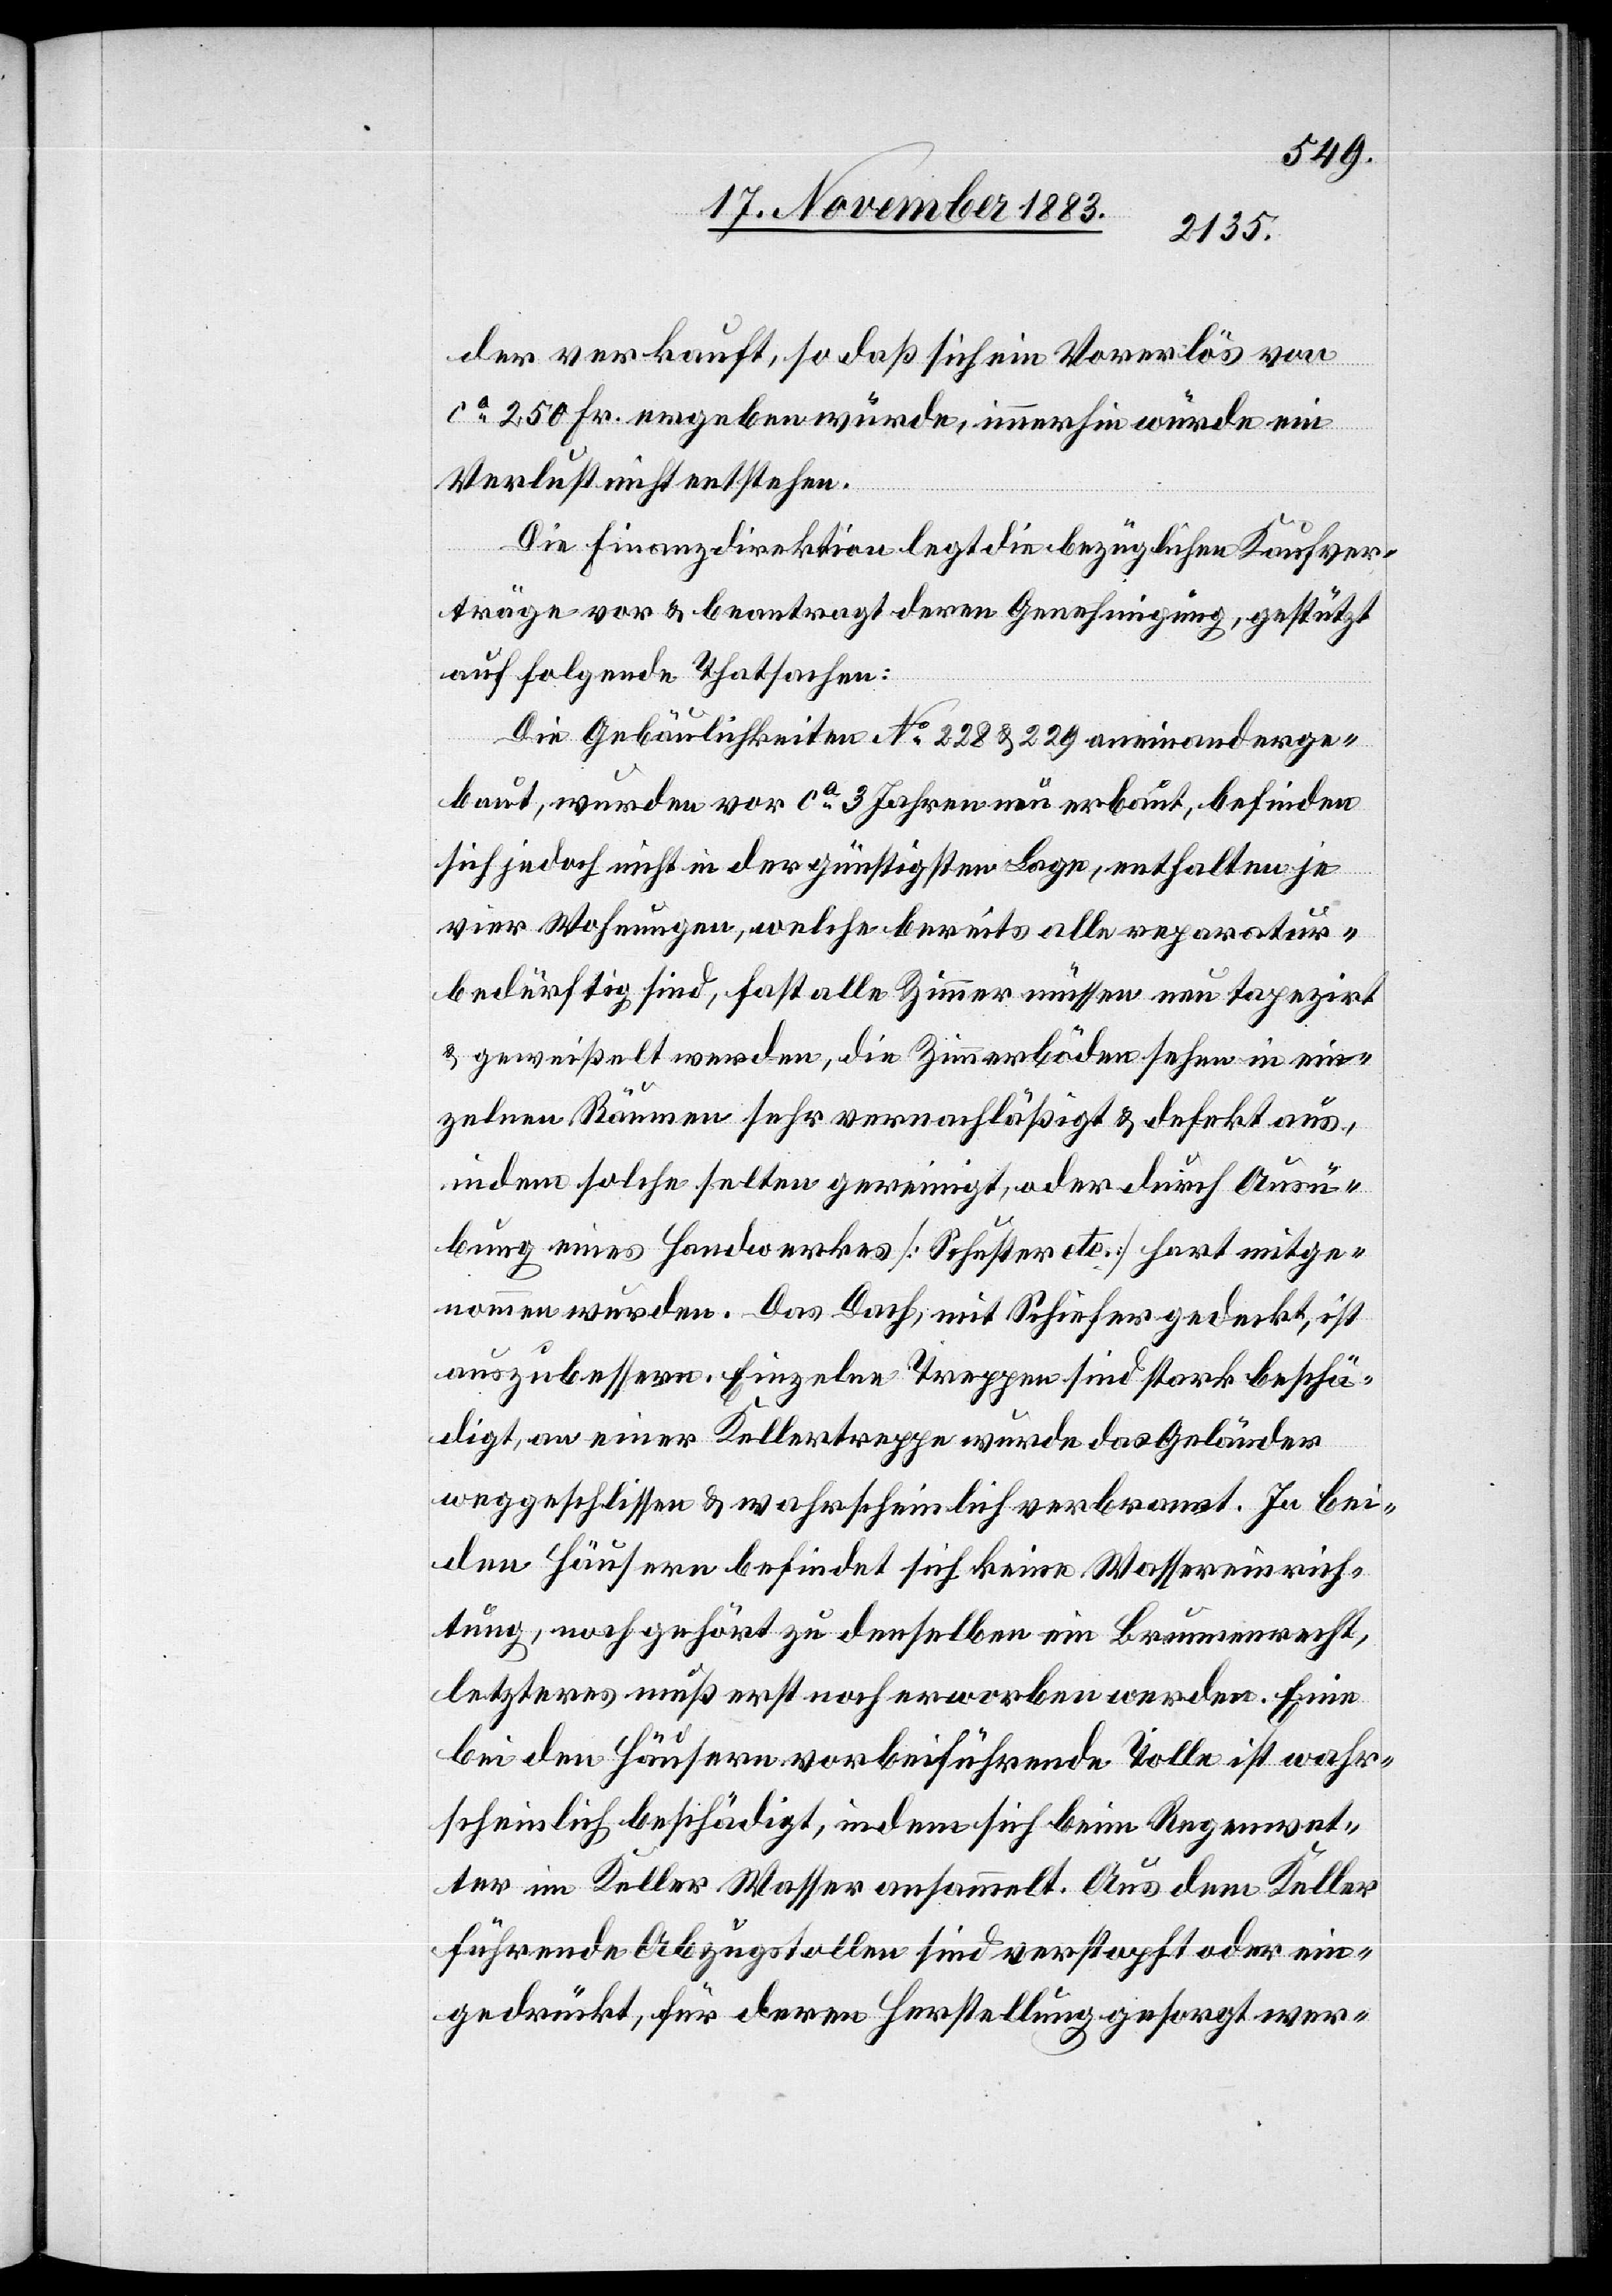
der verkauft, so daß sich ein Vorerlös von
ca 250 Fr. ergeben würde, immerhin würde ein
Verlust nicht entstehen.
Die Finanzdirektion legt die bezüglichen Kaufver¬
träge vor & beantragt deren Genehmigung, gestützt
auf folgende Thatsachen:
Die Gebäulichkeiten No 228 & 229 aneinanderge¬
baut, wurden vor ca 3 Jahren neu erbaut, befinden
sich jedoch nicht in der günstigsten Lage, enthalten je
vier Wohnungen, welche bereits alle reparatur¬
bedürftig sind, fast alle Zimmer müssen neu tapezirt
& geweißelt werden, die Zimmerböden sehen in ein¬
zelnen Räumen sehr vernachläßigt & defekt aus,
indem solche selten gereinigt, oder durch Ausü¬
bung eines Handwerkes [Schuster etc.] hart mitge¬
nommen wurden. Das Dach, mit Schiefer gedeckt, ist
auszubessern. Einzelne Treppen sind stark beschä¬
digt, an einer Kellertreppe wurde das Geländer
weggeschlissen & wahrscheinlich verbrannt. In bei¬
den Häusern befindet sich keine Wassereinrich¬
tung, noch gehört zu denselben ein Brunnenrecht,
letzteres muß erst noch erworben werden. Eine
bei den Häusern vorbeiführende Tolle ist wahr¬
scheinlich beschädigt, indem sich beim Regenwet¬
ter im Keller Wasser ansammelt. Aus dem Keller
führende Abzugstollen sind verstopft oder ein¬
gedrückt, für deren Herstellung gesorgt wer-